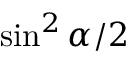
\sin ^ { 2 } \alpha / 2